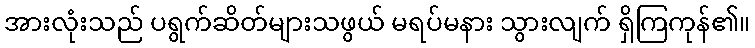
အားလုံးသည် ပရွက်ဆိတ်များသဖွယ် မရပ်မနား သွားလျက် ရှိကြကုန်၏။